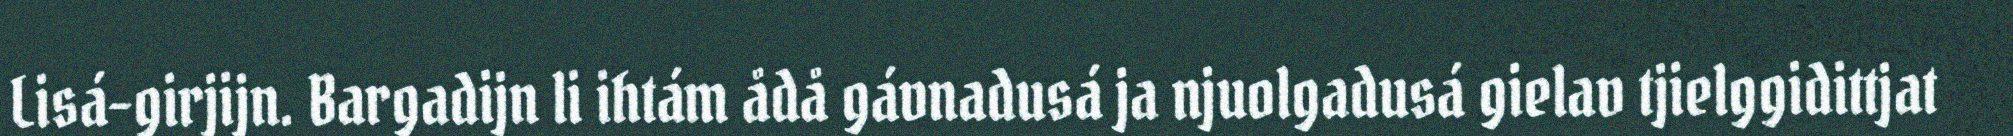
Lisá-girjijn. Bargadijn li ihtám ådå gávnadusá ja njuolgadusá gielav tjielggidittjat